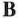
B